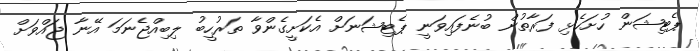
ޕެޓިޝަން ހުށަހެޅި ފަރާތުން ބުނެފައިވަނީ ޕެޓިޝަނަށް އެކަށީގެންވާ ތަރުހީބު ލިބިއްޖެނަމަ އޭނާ ޖައްވަށް